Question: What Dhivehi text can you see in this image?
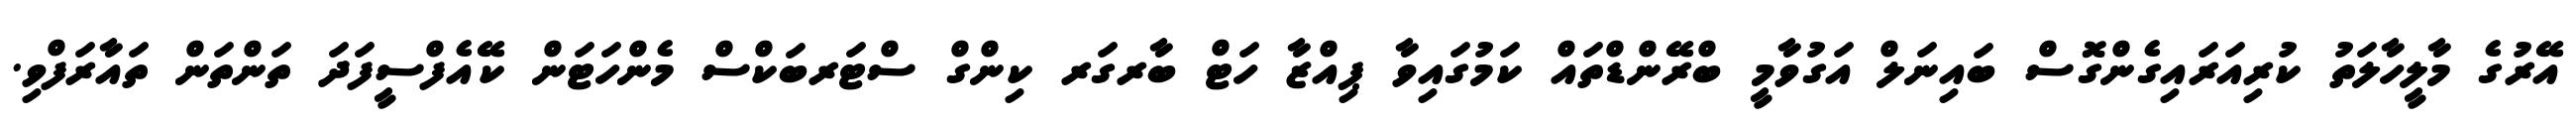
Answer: އޭރުގެ މާލީހާލަތު ކުރިއަރައިގެންގޮސް ބައިނަލް އަގުވާމީ ބްރޭންޑްތައް ކަމުގައިވާ ޕިއްޒާ ހަޓް ބާރގަރ ކިންގް ސްޓަރބަކްސް މެންހަޓަން ކޭއެފްސީފަދަ ތަންތަން ތައާރަފްވި.